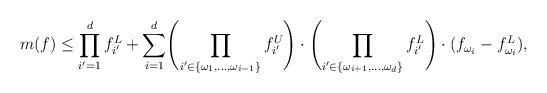
LaTeX: \begin{align*}m(f) \leq \prod_{i'=1}^df_{i'}^L + \sum_{i = 1}^d\Biggl( \prod_{i' \in \{\omega_1,\ldots,\omega_{i-1}\}} f^U_{i'}\Biggr) \cdot \Biggl(\prod_{i' \in \{\omega_{i+1},\ldots,\omega_{d}\}}f^L_{i'} \Biggr) \cdot (f_{\omega_i} - f_{\omega_i}^L),\end{align*}